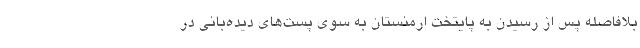
بلافاصله پس از رسیدن به پایتخت ارمنستان به سوی پست‌های دیده‌بانی در